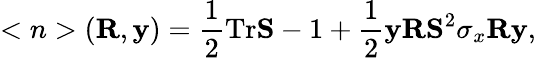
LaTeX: <n>({\mathbf R},{\mathbf y})=\frac 12\mathrm{T}\mathrm{r}{\mathbf S}-1+\frac 12{\mathbf y}{\mathbf R}{\mathbf S}^{2}\sigma_{x}{\mathbf R}{\mathbf y},